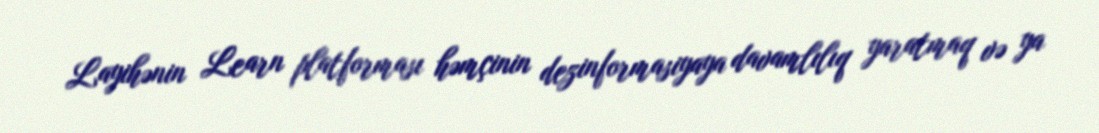
Layihənin Learn platforması həmçinin dezinformasiyaya davamlılıq yaratmaq və ya